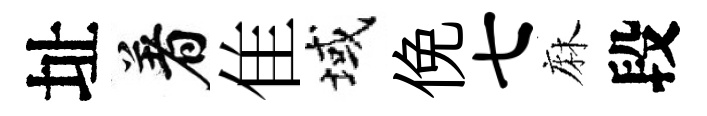
址着隹域俛七麻段